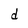
Character: d